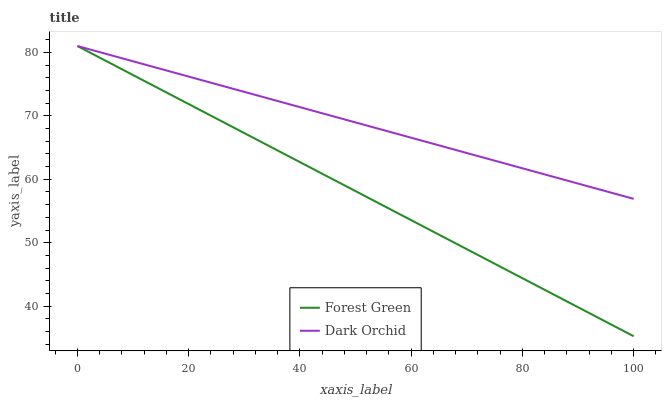
| xaxis_label | Forest Green | Dark Orchid |
 | --- | --- | --- |
 | 0 | 81 | 81 |
 | 5.26 | 78.6 | 79.7 |
 | 10.5 | 76.2 | 78.5 |
 | 15.8 | 73.8 | 77.2 |
 | 21.1 | 71.4 | 75.9 |
 | 26.3 | 69 | 74.7 |
 | 31.6 | 66.6 | 73.4 |
 | 36.8 | 64.1 | 72.1 |
 | 42.1 | 61.7 | 70.9 |
 | 47.4 | 59.3 | 69.6 |
 | 52.6 | 56.9 | 68.3 |
 | 57.9 | 54.5 | 67.1 |
 | 63.2 | 52.1 | 65.8 |
 | 68.4 | 49.7 | 64.5 |
 | 73.7 | 47.3 | 63.2 |
 | 78.9 | 44.9 | 62 |
 | 84.2 | 42.5 | 60.7 |
 | 89.5 | 40.1 | 59.4 |
 | 94.7 | 37.7 | 58.2 |
 | 100 | 35.3 | 56.9 |